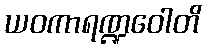
ယဝကာရဏ္ဍဝေါတိ